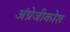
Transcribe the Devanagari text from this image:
अंग्रेजीकोश